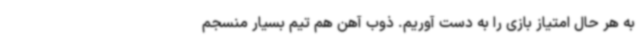
به هر حال امتیاز بازی را به دست آوریم. ذوب آهن هم تیم بسیار منسجم